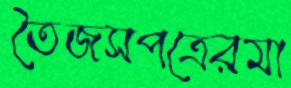
তৈজসপত্রেরমা